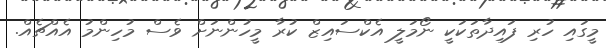
މީގައި ހުރި ފައިދާތަކަކީ ނޯމަލީ އެކްސައިޒް ކުރާ މީހުންނަށް ވެސް މުހިންމު އެއްޗެއް.